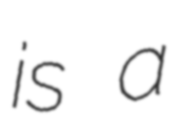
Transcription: is a